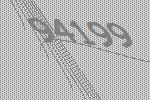
94199